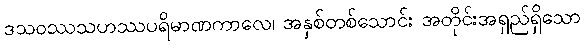
ဒသဝဿသဟဿပရိမာဏကာလေ၊ အနှစ်တစ်သောင်း အတိုင်းအရှည်ရှိသော